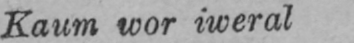
Kaum wor iweral